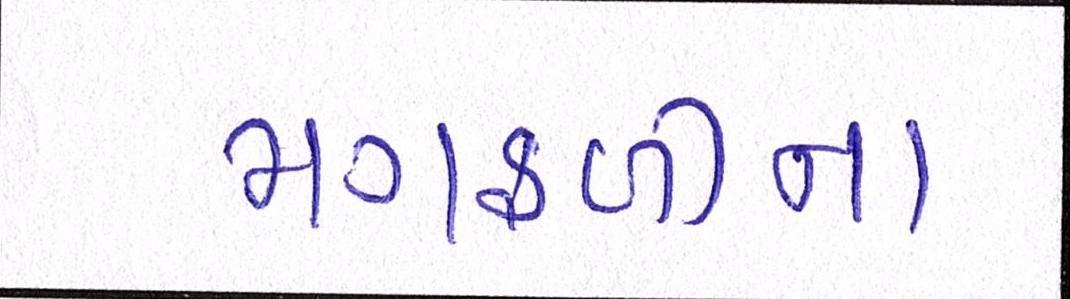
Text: મગફળીના